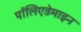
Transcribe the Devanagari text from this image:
पॉलिएडेमाइन